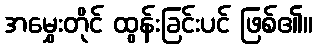
အမွှေးတိုင် ထွန်းခြင်းပင် ဖြစ်၏။